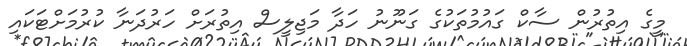
މީގެ އިތުރުން ސާކް ގައުމުތަކުގެ ގަނޫނު ހަދާ މަޖިލީސް އިތުރަށް ހަރުދަނާ ކުރުމަށްޓަކައި